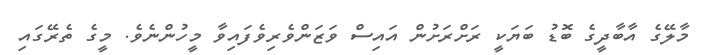
މާލޭގެ އާބާދީގެ ބޮޑު ބަޔަކީ ރަށްރަށުން އައިސް ވަޒަންވެރިވެފައިވާ މީހުންނެވެ. މީގެ ތެރޭގައި